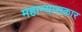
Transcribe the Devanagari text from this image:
महान्यासकार